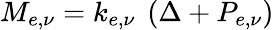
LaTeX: M_{e,\nu}=k_{e,\nu}\ \left(\Delta+P_{e,\nu}\right)